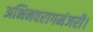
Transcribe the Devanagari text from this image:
अभिनवरागमंजरी।